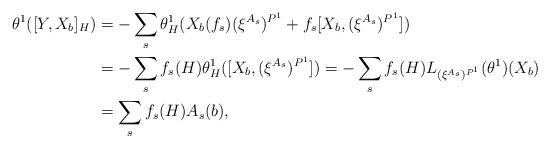
LaTeX: \begin{align*}\theta^{1} ([ Y, X_{b}]_{H})&= - \sum_{s} \theta^{1}_{H}( X_{b}(f_{s}) (\xi^{A_{s}})^{P^{1}} + f_{s} [X_{b},(\xi^{A_{s}})^{P^{1}}]) \\&= - \sum_{s} f_{s}(H) \theta^{1}_{H} ( [X_{b},(\xi^{A_{s}})^{P^{1}}])=- \sum_{s}f_{s}(H)L_{(\xi^{A_{s}})^{P^{1}}}(\theta^{1}) (X_{b})\\& = \sum_{s} f_{s}(H)A_{s}(b),\end{align*}